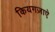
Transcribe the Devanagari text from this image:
कियगज़ाएे